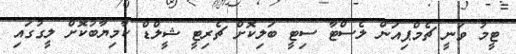
ޓީމު ވަނީ ޗެމްޕިއަން ލެސްޓާ ސިޓީ ބަލިކޮށް ޗެރިޓީ ޝީލްޑް ކާމިޔާބުކޮށް ލީގުގައި